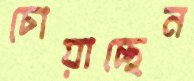
চোয়াচ্ছেন